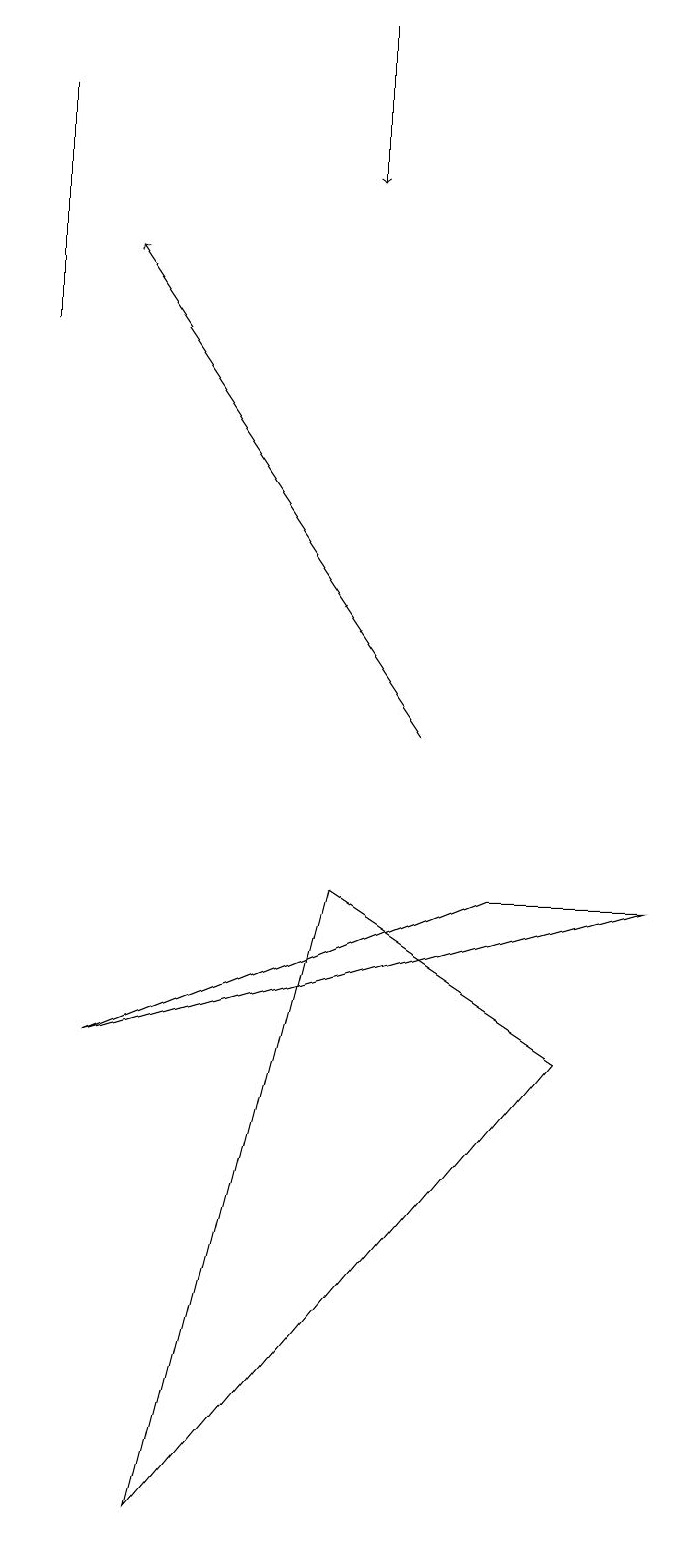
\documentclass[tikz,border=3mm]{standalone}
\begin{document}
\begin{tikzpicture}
\draw[->] (5,19) -- (5,17);
\draw (9,8) -- (7,8) -- (2,6) -- cycle;
\draw[->] (6,10) -- (2,16);
\draw (1,18) rectangle (1,15);
\draw (3,0) -- (5,8) -- (8,6) -- cycle;
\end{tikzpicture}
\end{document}